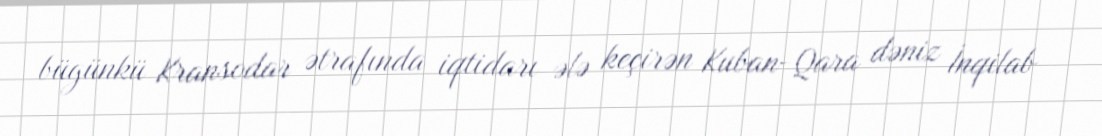
bügünkü Kransodar ətrafında iqtidarı ələ keçirən Kuban-Qara dəniz İnqilab